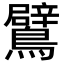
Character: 鷿